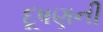
દૂષણની